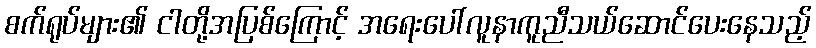
စက်ရုပ်များ၏ ငါတို့အပြစ်ကြောင့် အရေးပေါ်လူနာကူညီသယ်ဆောင်ပေးနေသည့်